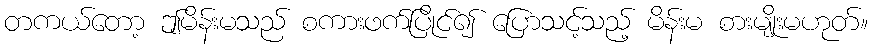
တကယ်တော့ ဤမိန်းမသည် စကားဖက်ပြိုင်၍ ပြောသင့်သည့် မိန်းမ စားမျိုးမဟုတ်။